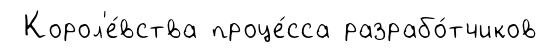
Корол'е́вства проце́сса разрабо́тчиков